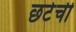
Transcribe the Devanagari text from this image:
छटेची